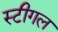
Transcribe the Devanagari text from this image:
स्टीगल